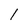
Character: l